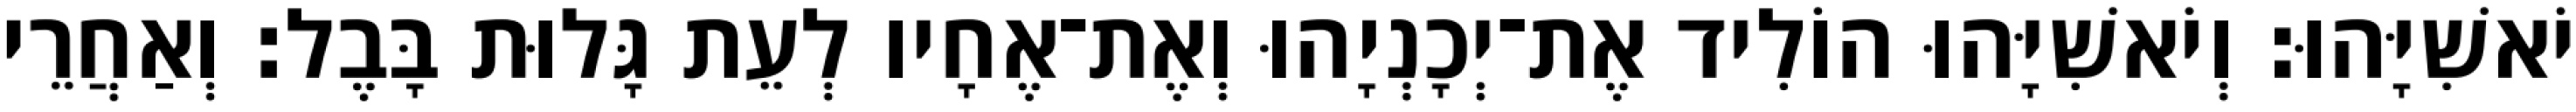
יֹאשִׁיָּהוּ׃ וְיֹאשִׁיָּהוּ הוֹלִיד אֶת־יְכָנְיָהוּ וְאֶת־אֶחָיו לְעֵת גָּלוּת בָּבֶל׃ וְאַחֲרֵי